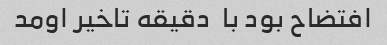
افتضاح بود با  دقیقه تاخیر اومد